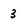
Character: 3